Indian journal of veterinary science and animal husbandry - Volumes 24-25, 1954-1955
Year: 1954
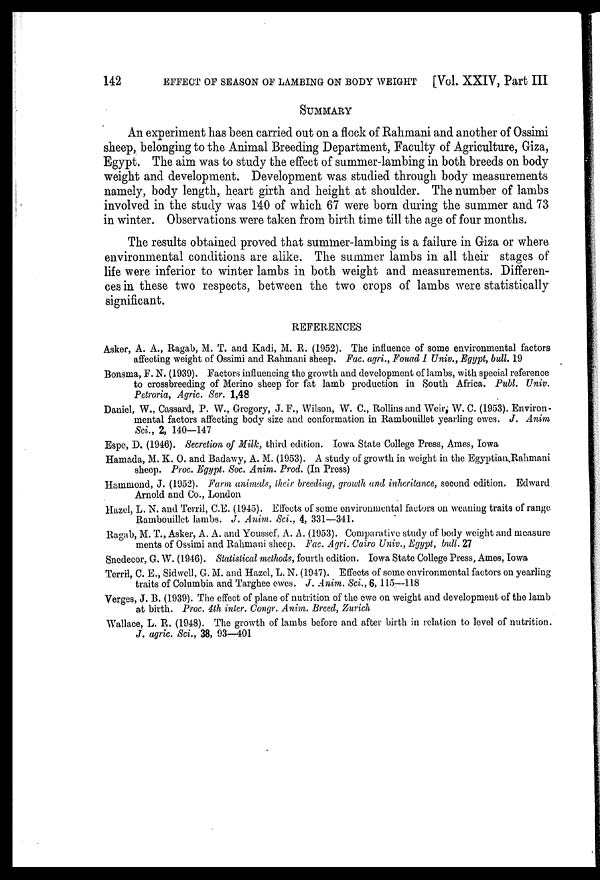
142
EFFECT OF SEASON OF LAMBING ON BODY WEIGHT [Vol. XXIV, Part III
SUMMARY
An experiment has been carried out on a flock of Rahmani and another of Ossimi
sheep, belonging to the Animal Breeding Department, Faculty of Agriculture, Giza,
Egypt. The aim was to study the effect of summer-lambing in both breeds on body
weight and development. Development was studied through body measurements
namely, body length, heart girth and height at shoulder. The number of lambs
involved in the study was 140 of which 67 were born during the summer and 73
in winter. Observations were taken from birth time till the age of four months.
The results obtained proved that summer-lambing is a failure in Giza or where
environmental conditions are alike. The summer lambs in all their stages of
life were inferior to winter lambs in both weight and measurements. Differen-
ces in these two respects, between the two crops of lambs were statistically
significant.
REFERENCES
Asker, A. A., Ragab, M. T. and Kadi, M. R. (1952). The influence of some environmental factors
affecting weight of Ossimi and Rahmani sheep. Fac. agri., Fouad I Univ., Egypt, bull. 19
Bonsma, F. N. (1939). Factors influencing the growth and development of lambs, with special reference
to crossbreeding of Merino sheep for fat lamb production in South Africa. Publ. Univ.
Petroria, Agric. Ser. 1,48
Daniel, W., Cassard, P. W., Gregory, J. F., Wilson, W. C., Rollins and Weir, W. C. (1953). Environ-
mental factors affecting body size and conformation in Rambouillet yearling ewes. J. Anim
Sci., 2, 140—147
Espe, D. (1946). Secretion of Milk, third edition. Iowa State College Press, Ames, Iowa
Hamada, M. K. O. and Badawy, A. M. (1953). A study of growth in weight in the Egyptian,Rahmani
sheep. Proc. Egypt. Soc. Anim. Prod. (In Press)
Hammond, J. (1952). Farm animals, their breeding, growth and inheritance, second edition. Edward
Arnold and Co., London
Hazel, L. N. and Terril, C.E. (1945). Effects of some environmental factors on weaning traits of range
Rambouillet lambs. J. Anim. Sci., 4, 331—341.
Ragab, M. T., Asker, A. A. and Youssef, A. A. (1953). Comparative study of body weight and measure
ments of Ossimi and Rahmani sheep. Fac. Agri. Cairo Univ., Egypt, bull. 27
Snedecor, G. W. (1946). Statistical methods, fourth edition. Iowa State College Press, Ames, Iowa
Terril, C. E., Sidwell, G. M. and Hazel, L. N. (1947). Effects of some environmental factors on yearling
traits of Columbia and Targhee ewes. J. Anim. Sci., 6, 115—118
Verges, J. B. (1939). The effect of plane of nutrition of the ewe on weight and development of the lamb
at birth. Proc. 4th inter. Congr. Anim. Breed, Zurich
Wallace, L. R. (1948). The growth of lambs before and after birth in relation to level of nutrition.
J. agric. Sci., 38, 93—401